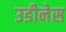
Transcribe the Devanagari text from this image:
उडीनेस